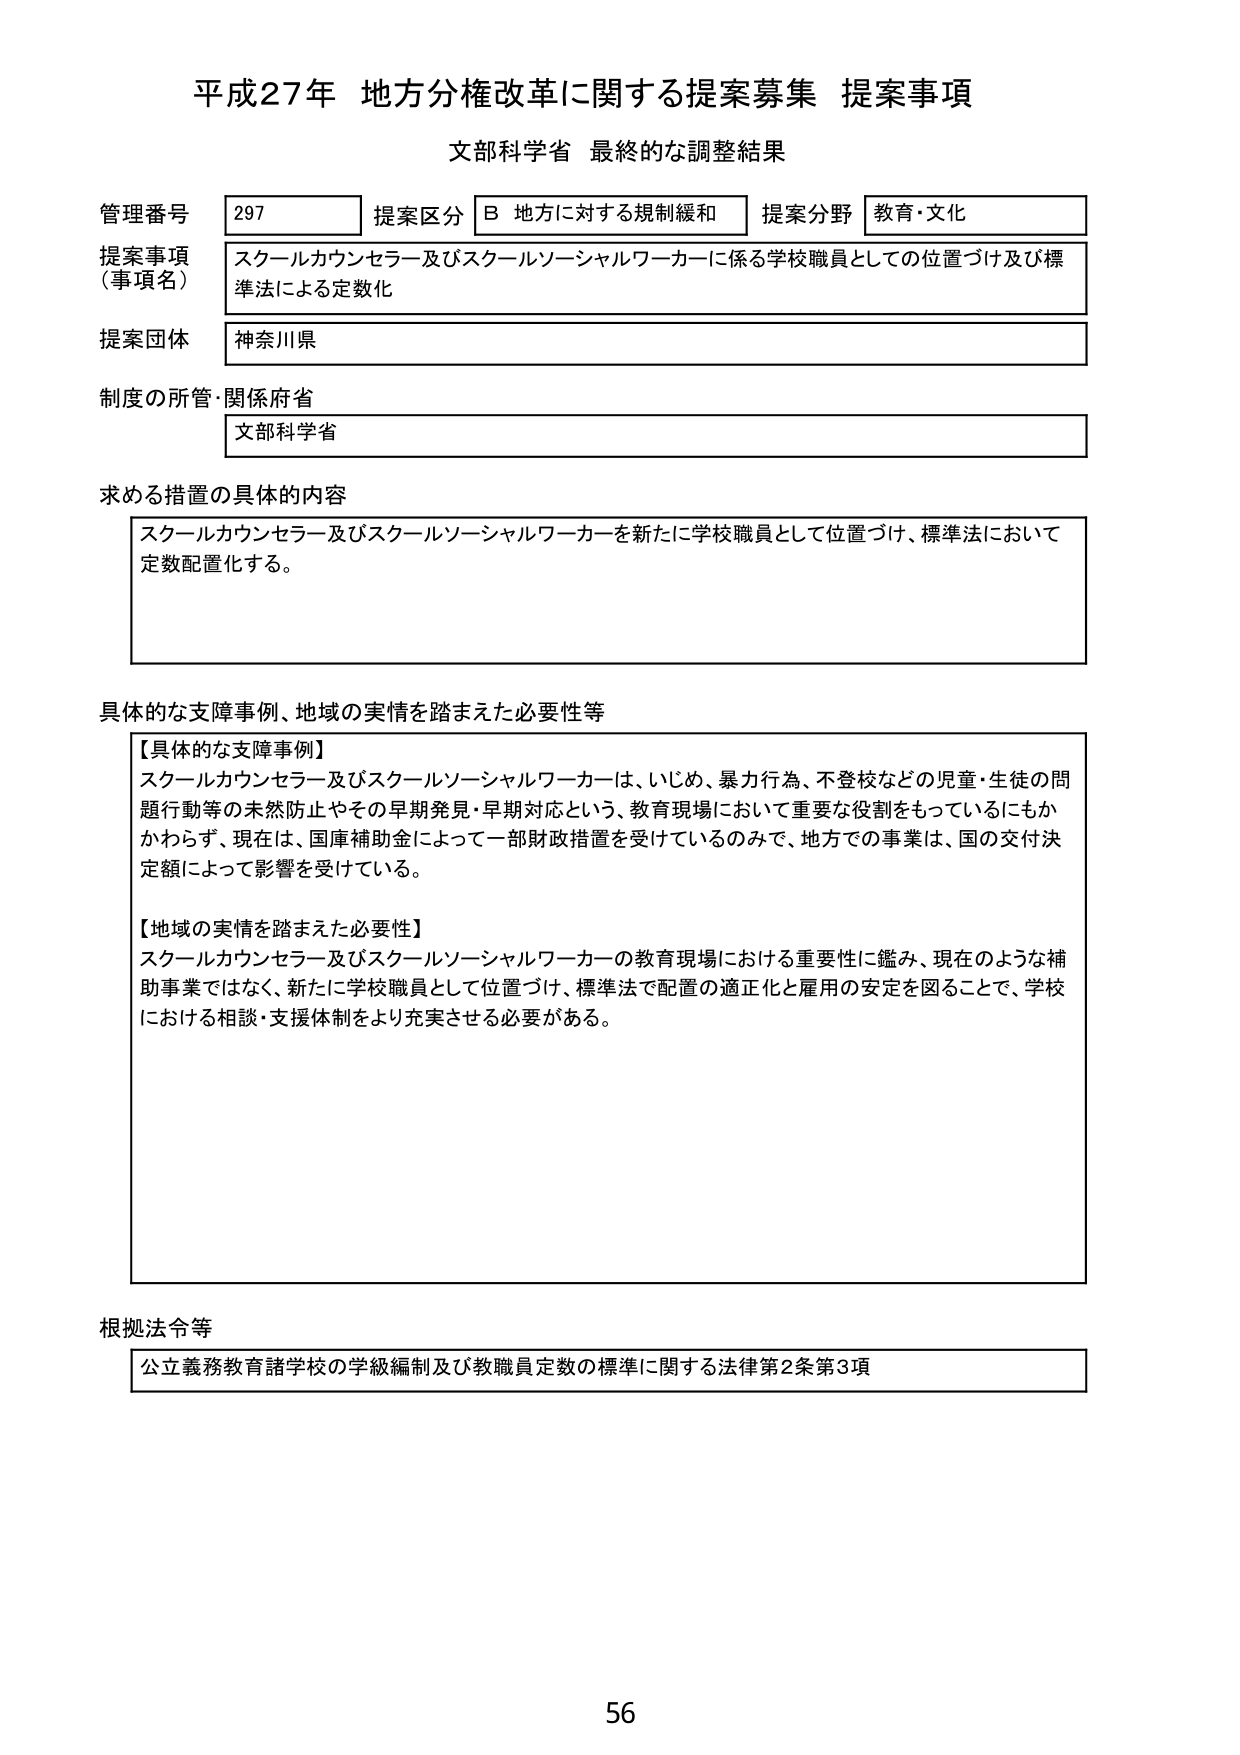
平成27年 地方分権改革に関する提案募集 提案事項
文部科学省 最終的な調整結果

管理番号 297 提案区分 B 地方に対する規制緩和 提案分野 教育・文化
提案事項（事項名） スクールカウンセラー及びスクールソーシャルワーカーに係る学校職員としての位置づけ及び標準法による定数化
提案団体 神奈川県
制度の所管・関係府省 文部科学省

求める措置の具体的内容
スクールカウンセラー及びスクールソーシャルワーカーを新たに学校職員として位置づけ、標準法において定数配置化する。

具体的な支障事例、地域の実情を踏まえた必要性等
【具体的な支障事例】
スクールカウンセラー及びスクールソーシャルワーカーは、いじめ、暴力行為、不登校などの児童・生徒の問題行動等の未然防止やその早期発見・早期対応という、教育現場において重要な役割をもっているにもかかわらず、現在は、国庫補助金によって一部財政措置を受けているのみで、地方での事業は、国の交付決定額によって影響を受けている。

【地域の実情を踏まえた必要性】
スクールカウンセラー及びスクールソーシャルワーカーの教育現場における重要性に鑑み、現在のような補助事業ではなく、新たに学校職員として位置づけ、標準法で配置の適正化と雇用の安定を図ることで、学校における相談・支援体制をより充実させる必要がある。

根拠法令等
公立義務教育諸学校の学級編制及び教職員定数の標準に関する法律第2条第3項

56